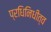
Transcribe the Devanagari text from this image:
प्रधिनिधीत्व